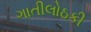
ગાતીલોઠકી